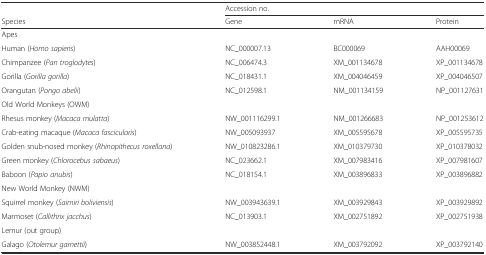
<table><thead><tr><td></td><td colspan="3"><b>Accession no.</b></td></tr><tr><td><b>Species</b></td><td><b>Gene</b></td><td><b>mRNA</b></td><td><b>Protein</b></td></tr></thead><tbody><tr><td colspan="4">Apes</td></tr><tr><td>Human (<i>Homo sapiens</i>)</td><td>NC_000007.13</td><td>BC000069</td><td>AAH00069</td></tr><tr><td>Chimpanzee (<i>Pan troglodytes</i>)</td><td>NC_006474.3</td><td>XM_001134678</td><td>XP_001134678</td></tr><tr><td>Gorilla (<i>Gorilla gorilla</i>)</td><td>NC_018431.1</td><td>XM_004046459</td><td>XP_004046507</td></tr><tr><td>Orangutan (<i>Pongo abelii</i>)</td><td>NC_012598.1</td><td>NM_001134159</td><td>NP_001127631</td></tr><tr><td colspan="4">Old World Monkeys (OWM)</td></tr><tr><td>Rhesus monkey (<i>Macaca mulatta</i>)</td><td>NW_001116299.1</td><td>NM_001266683</td><td>NP_001253612</td></tr><tr><td>Crab-eating macaque (<i>Macaca fascicularis</i>)</td><td>NW_005093937</td><td>XM_005595678</td><td>XP_005595735</td></tr><tr><td>Golden snub-nosed monkey (<i>Rhinopithecus roxellana</i>)</td><td>NW_010823286.1</td><td>XM_010379730</td><td>XP_010378032</td></tr><tr><td>Green monkey (<i>Chlorocebus sabaeus</i>)</td><td>NC_023662.1</td><td>XM_007983416</td><td>XP_007981607</td></tr><tr><td>Baboon (<i>Papio anubis</i>)</td><td>NC_018154.1</td><td>XM_003896833</td><td>XP_003896882</td></tr><tr><td colspan="4">New World Monkey (NWM)</td></tr><tr><td>Squirrel monkey (<i>Saimiri boliviensis</i>)</td><td>NW_003943639.1</td><td>XM_003929843</td><td>XP_003929892</td></tr><tr><td>Marmoset (<i>Callithrix jacchus</i>)</td><td>NC_013903.1</td><td>XM_002751892</td><td>XP_002751938</td></tr><tr><td colspan="4">Lemur (out group)</td></tr><tr><td>Galago (<i>Otolemur garnettii</i>)</td><td>NW_003852448.1</td><td>XM_003792092</td><td>XP_003792140</td></tr></tbody></table>